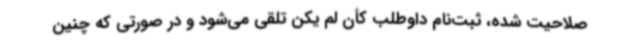
صلاحیت شده، ثبت‌نام داوطلب کأن لم یکن تلقی می‌شود و در صورتی که چنین